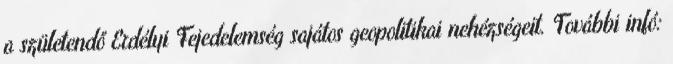
a születendő Erdélyi Fejedelemség sajátos geopolitikai nehézségeit. További infó: